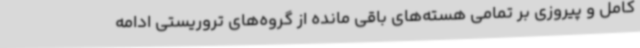
کامل و پیروزی بر تمامی هسته‌های باقی مانده از گروه‌های تروریستی ادامه